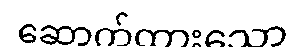
ဆောက်ထားသော